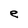
Character: e